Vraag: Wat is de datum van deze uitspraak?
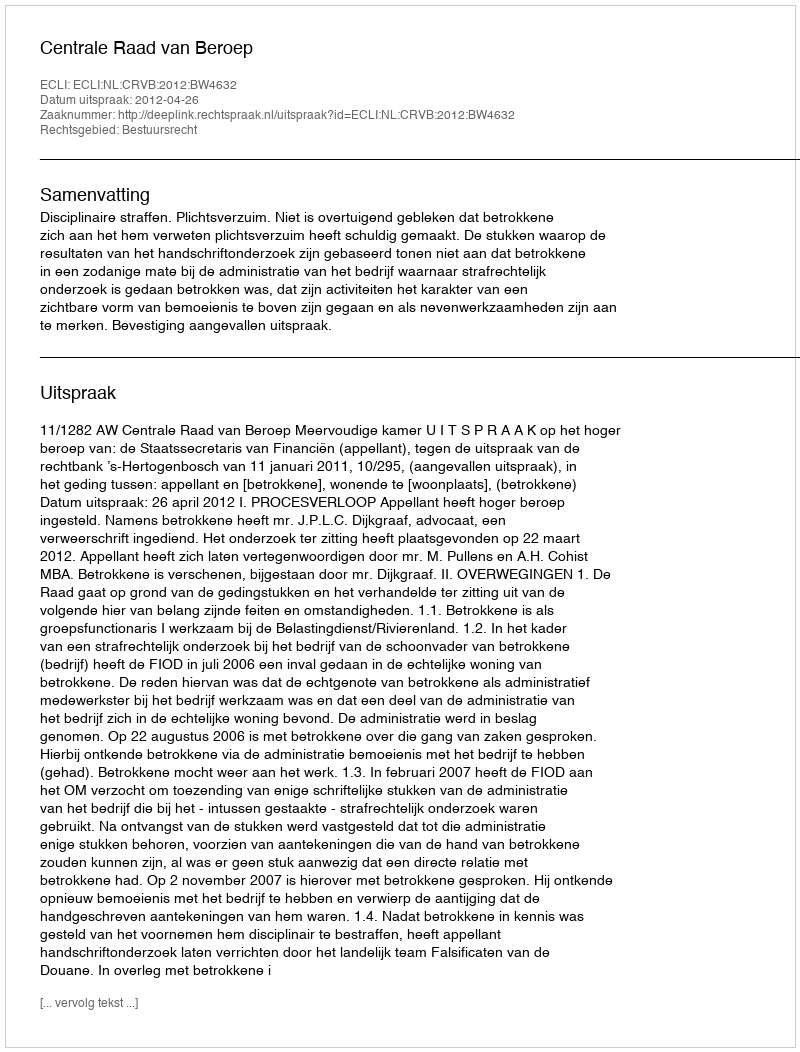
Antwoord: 2012-04-26